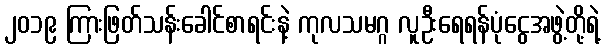
၂၀၁၉ ကြားဖြတ်သန်းခေါင်စာရင်းနဲ့ ကုလသမဂ္ဂ လူဦးရေရန်ပုံငွေအဖွဲ့တို့ရဲ့